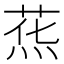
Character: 𰞯